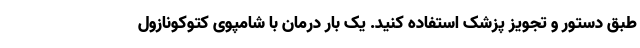
طبق دستور و تجویز پزشک استفاده کنید. یک بار درمان با شامپوی کتوکونازول